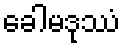
ခေါမဒုဿံ